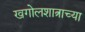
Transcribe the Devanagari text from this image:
खगोलशात्राच्या